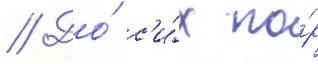
// До́ с'и́х по́р